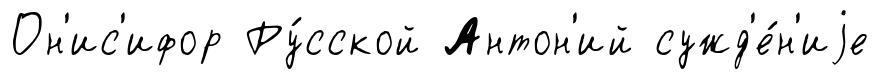
Он'ис'ифор Ру́сской Антон'ий сужд'е́н'иjе